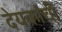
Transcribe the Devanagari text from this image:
देयकांची